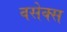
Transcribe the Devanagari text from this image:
वसेक्स